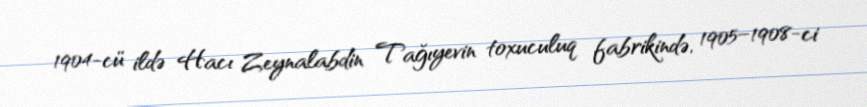
1904-cü ildə Hacı Zeynalabdin Tağıyevin toxuculuq fabrikində, 1905–1908-ci